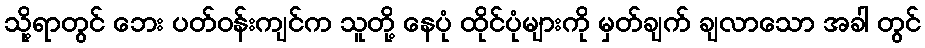
သို့ရာတွင် ဘေး ပတ်ဝန်းကျင်က သူတို့ နေပုံ ထိုင်ပုံများကို မှတ်ချက် ချလာသော အခါ တွင်